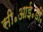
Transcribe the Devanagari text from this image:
सी॰आई॰डी॰